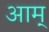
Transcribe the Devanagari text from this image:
आम्